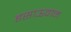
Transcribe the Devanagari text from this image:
इसाऊवान